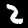
Digit: 2